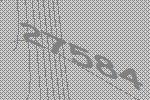
27584